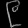
Digit: ၉